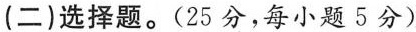
(二)选择题。(25分，每小题5分)